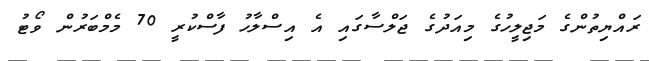
ރައްޔިތުންގެ މަޖިލީހުގެ މިއަދުގެ ޖަލްސާގައި އެ އިސްލާހު ފާސްކުރީ 70 މެމްބަރުން ވޯޓު